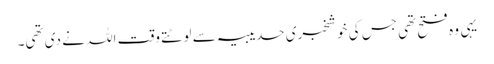
یہی وہ فتح تھی جس کی خوشخبری حدیبیہ سے لوٹتے وقت اللہ نے دی تھی۔